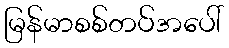
မြန်မာစစ်တပ်အပေါ်